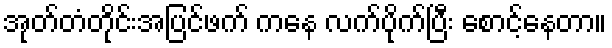
အုတ်တံတိုင်းအပြင်ဖက် ကနေ လက်ပိုက်ပြီး စောင့်နေတာ။